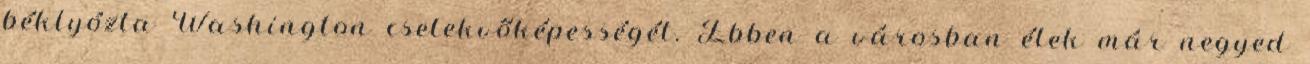
béklyózta Washington cselekvőképességét. Ebben a városban élek már negyed